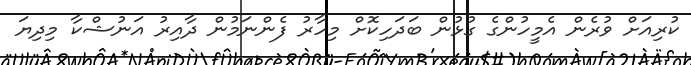
ކުރިއަށް ވުރެން އެމީހުންގެ ގުޅުން ބަދަހިކޮށް މިހާރު ފެންނަމުން ދާއިރު އަނުޝްކާ މިދިޔަ